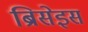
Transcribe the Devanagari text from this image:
ब्रिसेइस